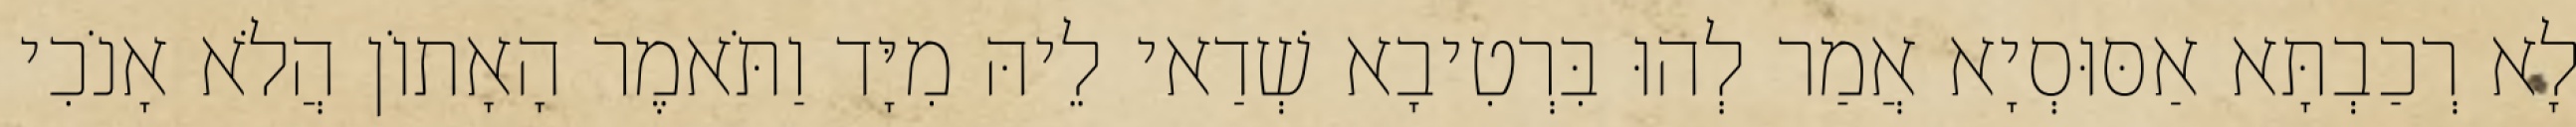
לָא רְכַבְתָּא אַסּוּסְיָא אֲמַר לְהוּ בִּרְטִיבָא שְׁדַאי לֵיהּ מִיָּד וַתֹּאמֶר הָאָתוֹן הֲלֹא אָנֹכִי